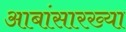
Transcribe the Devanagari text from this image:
आबांसारख्या